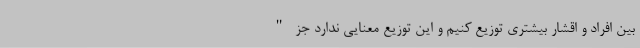
بین افراد و اقشار بیشتری توزیع کنیم و این توزیع معنایی ندارد جز "